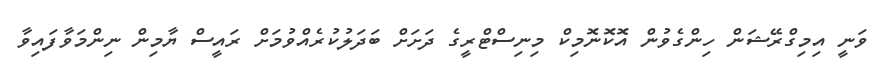
ވަނީ އިމިގްރޭޝަން ހިންގެވުން އޮކޮނޮމިކް މިނިސްޓްރީގެ ދަށަށް ބަދަލުކުރެއްވުމަށް ރައީސް ޔާމިން ނިންމަވާފައިވާ